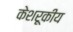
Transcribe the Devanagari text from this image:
केशरूकीय